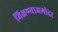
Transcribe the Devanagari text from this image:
मिळण्याअगोदर